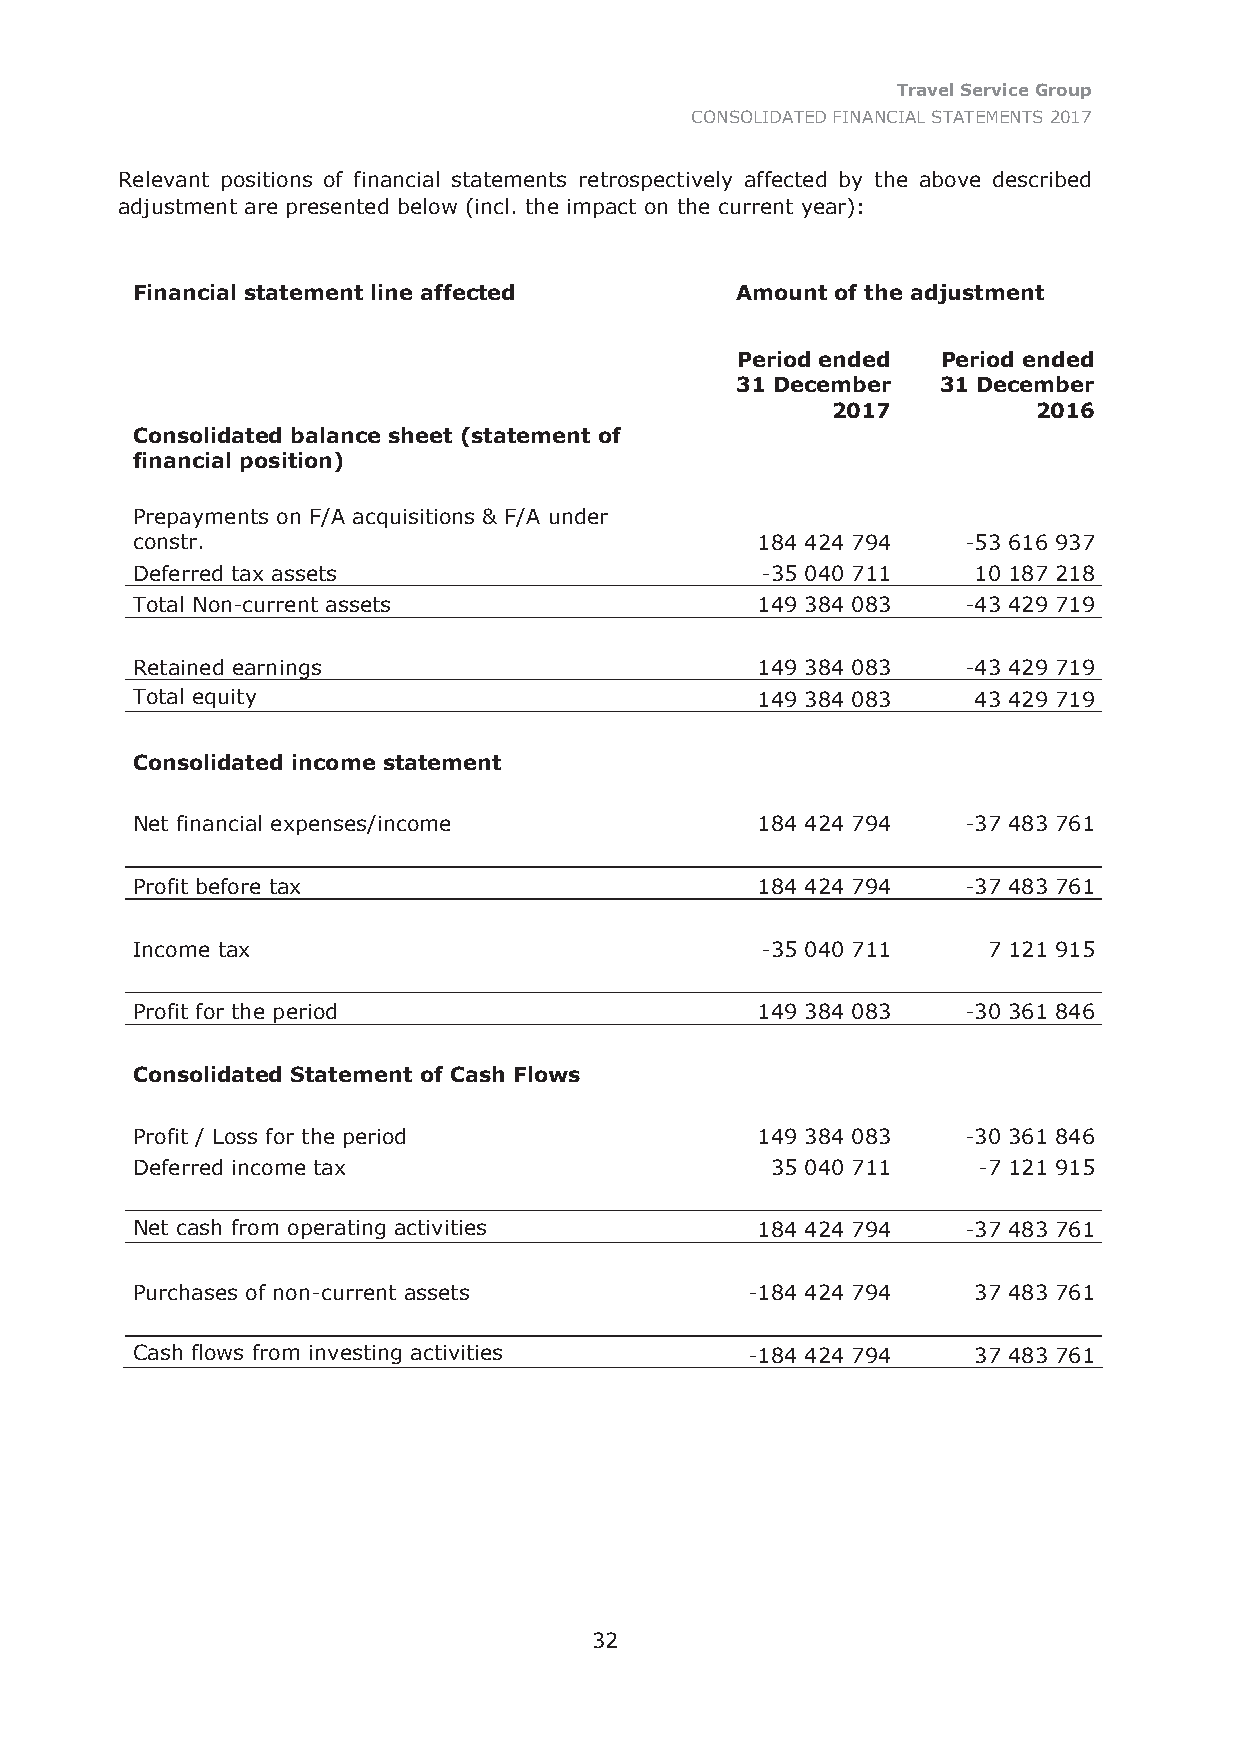
Travel Service Group
 CONSOLIDATED FINANCIAL STATEMENTS 2017
 Relevant positions of financial statements retrospectively affected by the above described
 adjustment are presented below (incl. the impact on the current year):
 Financial statement line affected       Amount of the adjustment
 Period ended Period ended
 31 December  31 December
 2017          2016
 Consolidated balance sheet (statement of
 financial position)
 Prepayments on F/A acquisitions & F/A under
 constr.                                  184 424 794   -53 616 937
 Deferred tax assets                      -35 040 711   10 187 218
 Total Non-current assets                 149 384 083   -43 429 719
 Retained earnings                        149 384 083   -43 429 719
 Total equity                             149 384 083   43 429 719
 Consolidated income statement
 Net financial expenses/income            184 424 794   -37 483 761
 Profit before tax                        184 424 794   -37 483 761
 Income tax                               -35 040 711    7 121 915
 Profit for the period                    149 384 083   -30 361 846
 Consolidated Statement of Cash Flows
 Profit / Loss for the period             149 384 083   -30 361 846
 Deferred income tax                       35 040 711    -7 121 915
 Net cash from operating activities       184 424 794   -37 483 761
 Purchases of non-current assets          -184 424 794  37 483 761
 Cash flows from investing activities     -184 424 794  37 483 761
 32